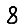
Digit: 8